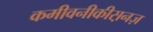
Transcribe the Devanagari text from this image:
कमीवनीकीस़नज़